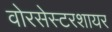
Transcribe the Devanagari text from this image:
वोरसेस्टरशायर